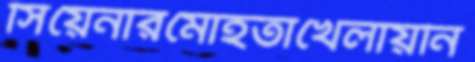
সিয়েনারমোহতাখেলায়নি